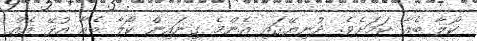
ކޯލާ ބެއާ ކަމަށެވެ. ދުނިޔޭގައި އެންމެ ގިނައިން ކޯލާ ބެއާ އުޅޭ އެއް